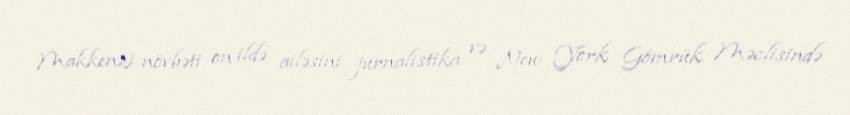
Makkenzi növbəti on ildə ailəsini jurnalistika və New York Gömrük Məclisində